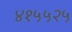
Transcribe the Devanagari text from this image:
४१५५२५